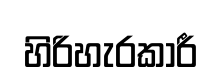
හිරිහැරකාරී